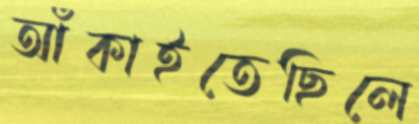
আঁকাইতেছিলে